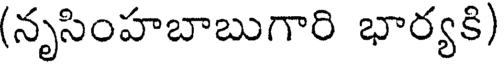
(నృసింహబాబుగారి భార్యకి)